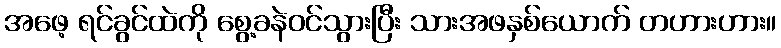
အဖေ့ ရင်ခွင်ထဲကို စွေ့ခနဲဝင်သွားပြီး သားအဖနှစ်ယောက် တဟားဟား။